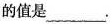
的值是___。